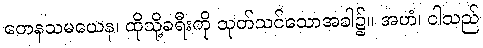
တေနသမယေန၊ ထိုသို့ခရီးကို သုတ်သင်သောအခါ၌။ အဟံ၊ ငါသည်